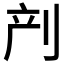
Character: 𱐙